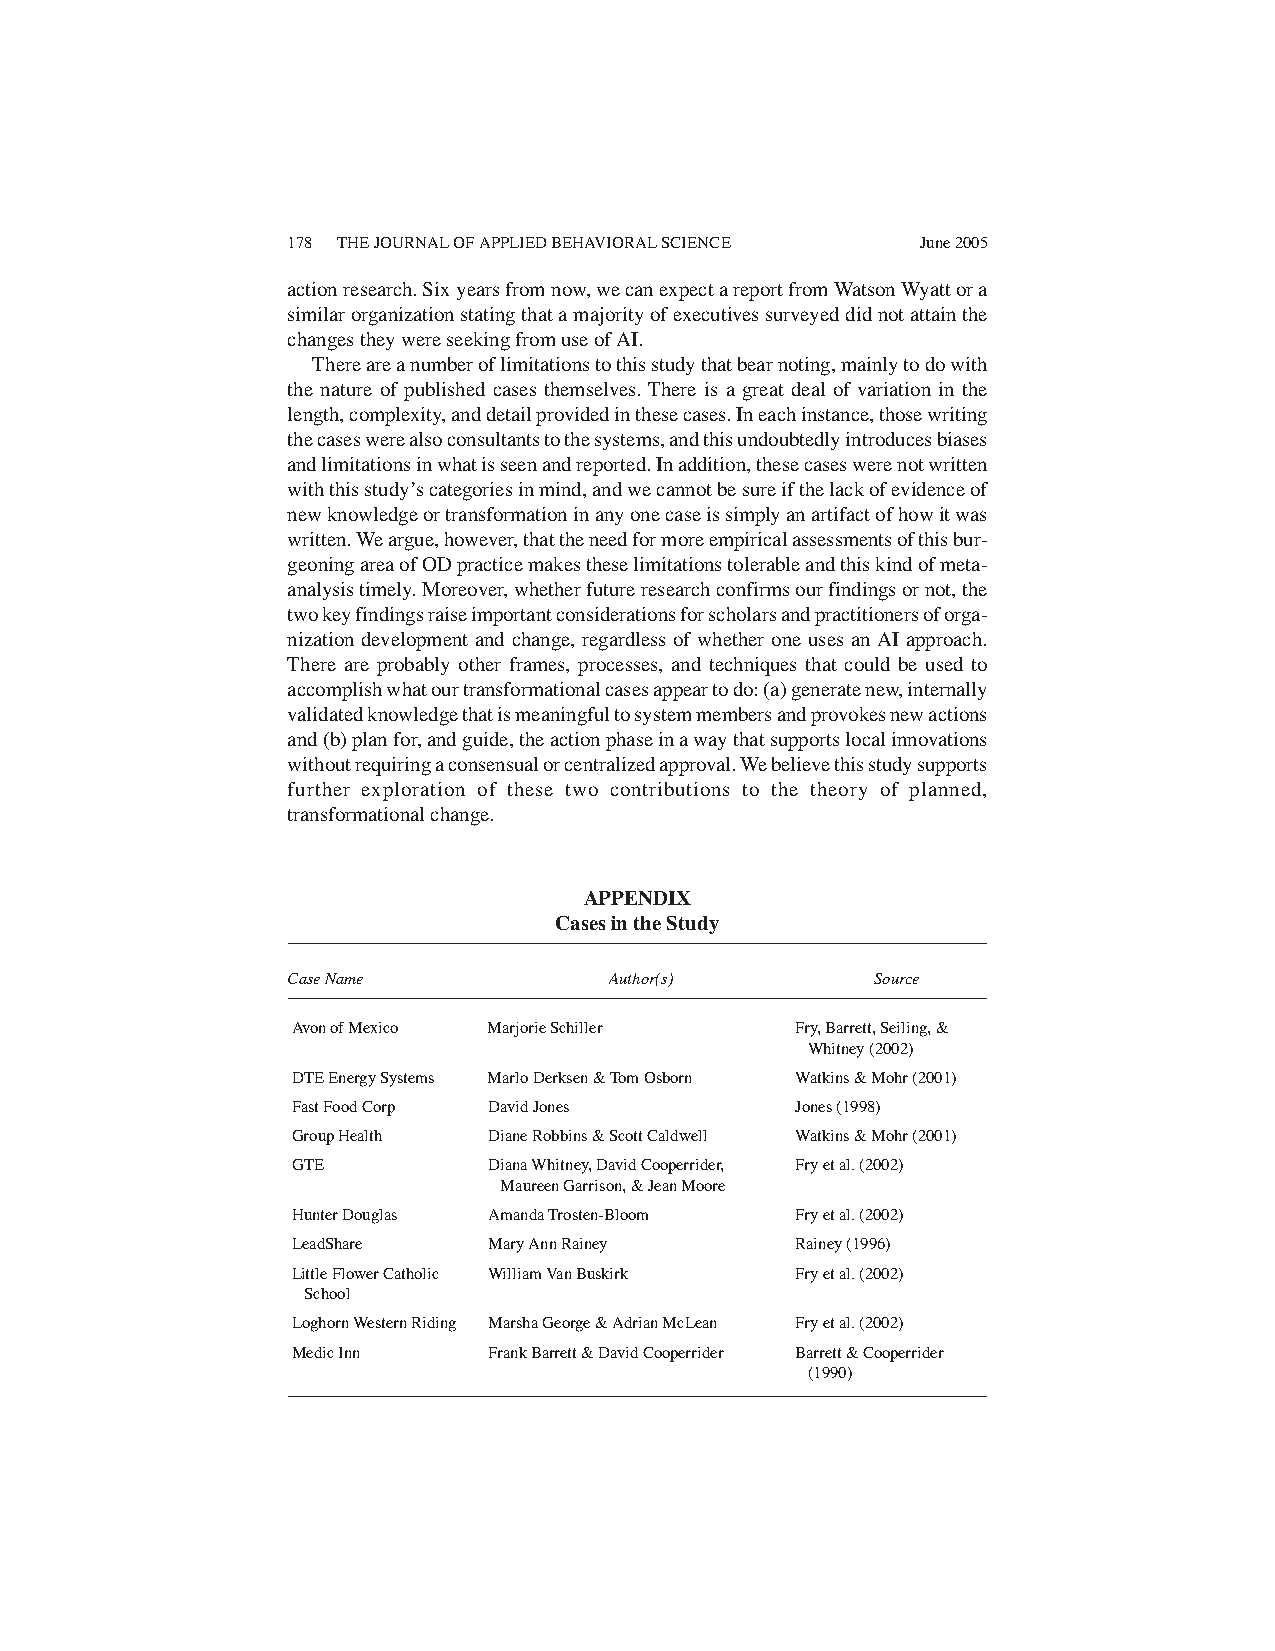
178 THE JOURNAL OF APPLIED BEHAVIORAL SCIENCE June 2005
 actionresearch.Sixyearsfromnow,wecanexpectareportfromWatsonWyattora
 similarorganizationstatingthatamajorityofexecutivessurveyeddidnotattainthe
 changes they were seeking from use of AI.
 Thereareanumberoflimitationstothisstudythatbearnoting,mainlytodowith
 the nature of published cases themselves. There is a great deal of variation in the
 length,complexity,anddetailprovidedinthesecases.Ineachinstance,thosewriting
 thecaseswerealsoconsultantstothesystems,andthisundoubtedlyintroducesbiases
 andlimitationsinwhatisseenandreported.Inaddition,thesecaseswerenotwritten
 withthisstudy’scategoriesinmind,andwecannotbesureifthelackofevidenceof
 newknowledgeortransformationinanyonecaseissimplyanartifactofhowitwas
 written.Weargue,however,thattheneedformoreempiricalassessmentsofthisbur-
 geoningareaofODpracticemakestheselimitationstolerableandthiskindofmeta-
 analysistimely.Moreover,whetherfutureresearchconfirmsourfindingsornot,the
 twokeyfindingsraiseimportantconsiderationsforscholarsandpractitionersoforga-
 nization development and change, regardless of whether one uses an AI approach.
 There are probably other frames, processes, and techniques that could be used to
 accomplishwhatourtransformationalcasesappeartodo:(a)generatenew,internally
 validatedknowledgethatismeaningfultosystemmembersandprovokesnewactions
 and(b)planfor,andguide,theactionphaseinawaythatsupportslocalinnovations
 withoutrequiringaconsensualorcentralizedapproval.Webelievethisstudysupports
 further exploration of these two contributions to the theory of planned,
 transformational change.
 APPENDIX
 Cases in the Study
 Case Name            Author(s)         Source
 Avon of Mexico Marjorie Schiller  Fry, Barrett, Seiling, &
 Whitney (2002)
 DTE Energy Systems Marlo Derksen & Tom Osborn Watkins & Mohr (2001)
 Fast Food Corp David Jones        Jones (1998)
 Group Health Diane Robbins & Scott Caldwell Watkins & Mohr (2001)
 GTE          Diana Whitney, David Cooperrider, Fry et al. (2002)
 Maureen Garrison, & Jean Moore
 Hunter Douglas Amanda Trosten-Bloom Fry et al. (2002)
 LeadShare    Mary Ann Rainey      Rainey (1996)
 Little Flower Catholic William Van Buskirk Fry et al. (2002)
 School
 Loghorn Western Riding Marsha George & Adrian McLean Fry et al. (2002)
 Medic Inn    Frank Barrett & David Cooperrider Barrett & Cooperrider
 (1990)